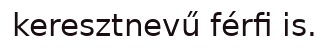
keresztnevű férfi is.